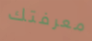
معرفتك